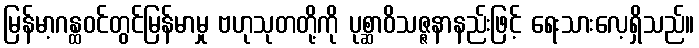
မြန်မာ့ဂန္ထဝင်တွင်မြန်မာမှု ဗဟုသုတတို့ကို ပုစ္ဆာဝိသဇ္ဇနာနည်းဖြင့် ရေးသားလေ့ရှိသည်။